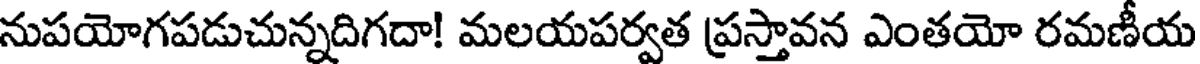
నుపయోగపడుచున్నదిగదా! మలయపర్వత ప్రస్తావన ఎంతయో రమణీయ